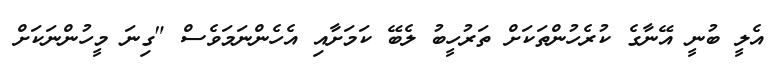
އެލީ ބުނީ އޭނާގެ ކުރެހުންތަކަށް ތަރުހީބު ލެބޭ ކަމަށާއި އެހެންނަމަވެސް "ގިނަ މީހުންނަކަށް